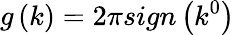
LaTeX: g\left(k\right)=2\pi sign\left(k^{0}\right)